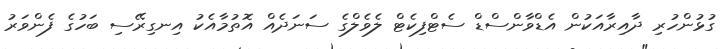
ގުޅުންހުރި ދާއިރާއަކުން އެޑްވާންސްޑް ސެޓްފިކެޓް ލެވެލްގެ ސަނަދެއް އޮތުމާއެކު އިނގިރޭސި ބަހުގެ ފެންވަރު